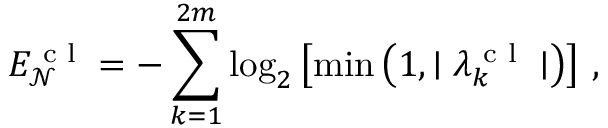
E _ { \mathcal { N } } ^ { \textrm { c l } } = - \sum _ { k = 1 } ^ { 2 m } \log _ { 2 } \left[ \operatorname* { m i n } \left( 1 , \mid \lambda _ { k } ^ { \textrm { c l } } \mid \right) \right] \, ,